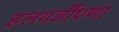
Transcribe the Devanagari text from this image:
हलगर्जीपणा